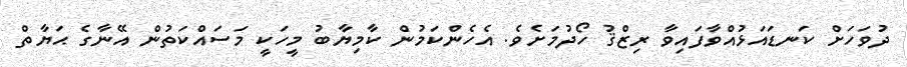
ދުވަހަށް ކަނޑައަޅުއްވާފައިވާ ރިޒްޤު ހޯދުމަށެވެ. އެހެންކަމުން ކާމިޔާބު މީހަކީ މަސައްކަތުން އޭނާގެ ޙަޔާތް